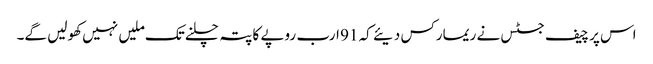
اس پر چیف جسٹس نے ریمارکس دیئے کہ 91 ارب روپے کا پتہ چلنےتک ملیں نہیں کھولیں گے۔